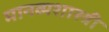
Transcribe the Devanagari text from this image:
मानव्यशास्त्री